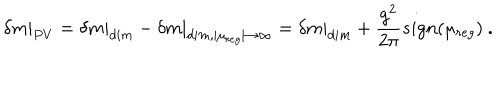
\left. \delta m \right\vert _ { P V } = \left. \delta m \right\vert _ { d i m } - \left. \delta m \right\vert _ { d i m , \mid \mu _ { r e g } \mid \to \infty } = \left. \delta m \right\vert _ { d i m } + \frac { g ^ { 2 } } { 2 \pi } s i g n ( \mu _ { r e g } ) \ .